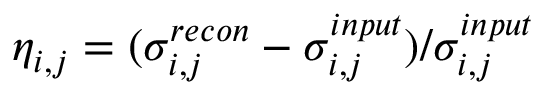
\eta _ { i , j } = ( \sigma _ { i , j } ^ { r e c o n } - \sigma _ { i , j } ^ { i n p u t } ) / \sigma _ { i , j } ^ { i n p u t }